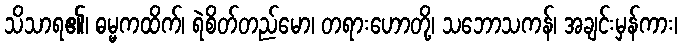
သိသာရ၏၊ ဓမ္မကထိက်၊ ရဲစိတ်တည်မော၊ တရားဟောတို့၊ သဘောသကန်၊ အချင်းမှန်ကား၊